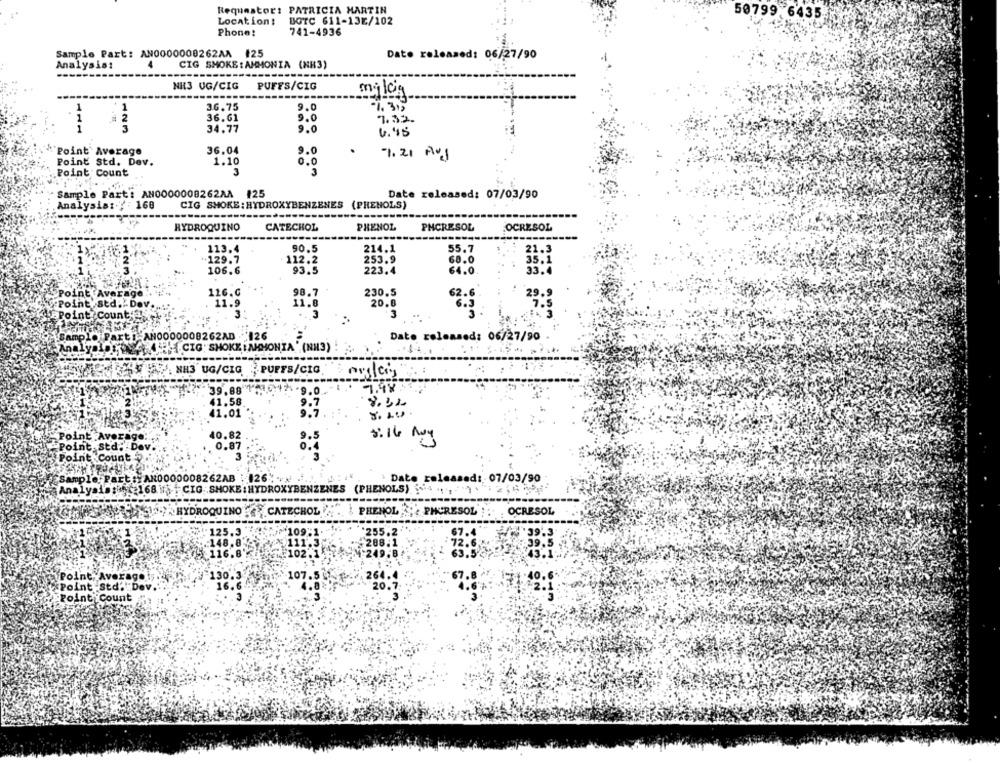
Requestor: PATRICIA MARTIN
50799. 6435.
Location:
BOTC 611-13E/102
Phone:
741-4936
Sample Part: AN0000008262AA #25
Date released: 06/27/90
Analysis:
CIG SMOKE : AMMONIA (NH3)
NH3 UG/CIG
PUFFS/CIG
milcig
1
1
36.75
9.0
1. 312
1
2
36.61
9.0
1.32.
1
3
34.77
9.0
Point` Average
36.04
9.0
.
Point Std. Dev.
1.10
7.21 Au
0.0
Point Count
3
3
Sample Part: AN0000008262MA #25
Date released: 07/03/90
Analysis :.:: 160
CIG SMOKE : HYDROXYBENZENES (PHENOLS)
HYDROQUINO
CATECHOL
PHENOL
PHCRESOL
OCRESOL
113.4
90.5
214.1
55.7
21.3
.. 129.7
112.2
253.9
60.0
35.1
106.6
93.5
223.4
64.0
33.
29.9
Point Average
116.c
98.7
230.5
62.6
xPoint/ std. Dov.
11.9
11.0
20.0
3
3
3
6.9
Point Count;
IAN0000008262AD
:126
Date released: 06/27/90
Analyalos
{.CIG" SHOKE I AMMONIA " (NH3)
NH3 UG/CIG 2 PUFFS/CIG
39.88
7.98.
.9.0
41.58
41.01 .
9.7
40.82
wi
Point
0.87
Point Count
Sample Part :: AN0000008262AB :126% ***
Date released :. 07/03/90
Analysis : 168 \n\ CIG SHOKE : HYDROXYBENZENES (PHENOLS) 4 ",
HYDROQUINO CATECHOL .
& PHENOL
PHCRESOL
OCRESOL
Point, Averages
Point -Std." Dev.
Point Count